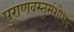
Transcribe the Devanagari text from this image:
पुराणवस्तुसंशोधन